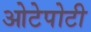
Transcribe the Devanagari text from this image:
ओटेपोटी